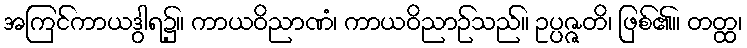
အကြင်ကာယဒွါရ၌။ ကာယဝိညာဏံ၊ ကာယဝိညာဉ်သည်။ ဥပ္ပဇ္ဇတိ၊ ဖြစ်၏။ တတ္ထ၊